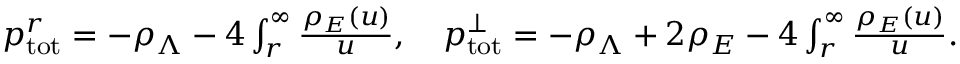
\begin{array} { r } { p _ { \mathrm { t o t } } ^ { r } = - \rho _ { \Lambda } - 4 \int _ { r } ^ { \infty } \d u \frac { \rho _ { E } ( u ) } { u } , \quad p _ { \mathrm { t o t } } ^ { \perp } = - \rho _ { \Lambda } + 2 \rho _ { E } - 4 \int _ { r } ^ { \infty } \d u \frac { \rho _ { E } ( u ) } { u } . } \end{array}